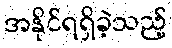
အနိုင်ရရှိခဲ့သည့်